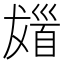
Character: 𩠖